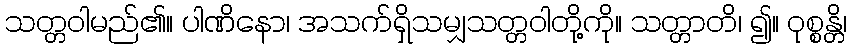
သတ္တဝါမည်၏။ ပါဏိနော၊ အသက်ရှိသမျှသတ္တဝါတို့ကို။ သတ္တာတိ၊ ၍။ ဝုစ္စန္တိ၊